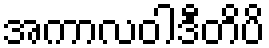
အကာလဝါဒီတိပိ